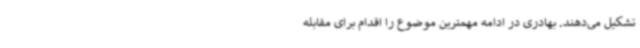
تشکیل می‌دهند. بهادری در ادامه مهمترین موضوع را اقدام برای مقابله